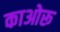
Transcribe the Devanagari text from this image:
काओरू